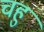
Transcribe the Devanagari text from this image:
चहु